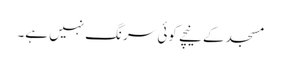
مسجد کے نیچے کوئی سرنگ نہیں ہے۔